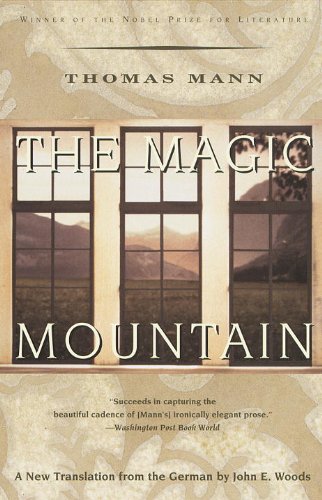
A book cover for The Magic Mountain; Thomas Mann; Literature & Fiction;